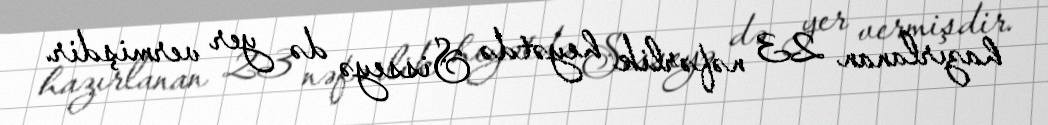
hazırlanan 23 nəfərlik heyətdə Sisseyə də yer vermişdir.